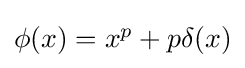
{\textstyle \phi (x)=x^{p}+p\delta (x)}